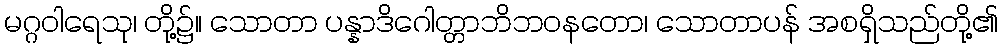
မဂ္ဂဝါရေသု၊ တို့၌။ သောတာ ပန္နာဒိဂေါတ္တာဘိဘဝနတော၊ သောတာပန် အစရှိသည်တို့၏